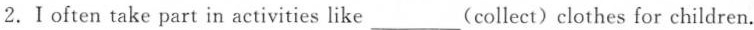
2.Ⅰoften take part in activities like ___(collect)clothes for children.